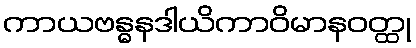
ကာယဗန္ဓနဒါယိကာဝိမာနဝတ္ထု